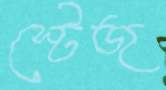
স্টেজ